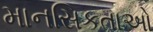
માનસિકતાઓ